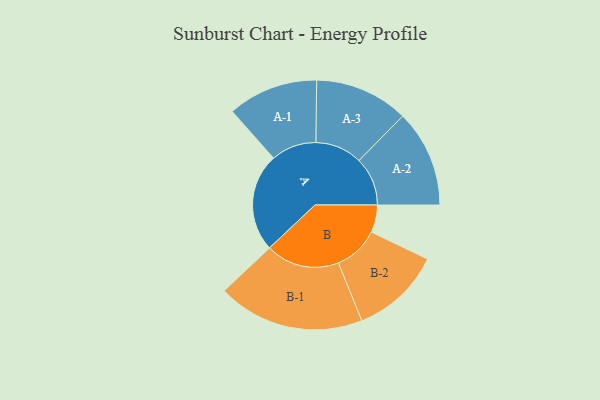
{"axis": {"x": "Segment", "y": "Value"}, "legend": ["", "A", "B"], "data": [{"x": "A", "y": 358, "type": ""}, {"x": "B", "y": 100, "type": ""}, {"x": "A-1", "y": 165, "type": "A"}, {"x": "A-2", "y": 177, "type": "A"}, {"x": "A-3", "y": 171, "type": "A"}, {"x": "B-1", "y": 268, "type": "B"}, {"x": "B-2", "y": 165, "type": "B"}]}